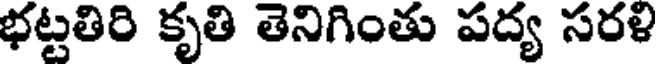
భట్టతిరి కృతి తెనిగింతు పద్య సరళి